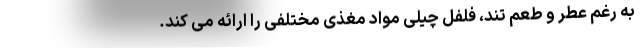
به رغم عطر و طعم تند، فلفل چیلی مواد مغذی مختلفی را ارائه می کند.